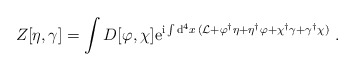
\begin{align*} Z [ \eta,\gamma] = \int D [\varphi, \chi ] {\rm e}^{{\rm i} \int {\rm d}^4x\,({\cal L}+\varphi^{\dagger} \eta + \eta^{\dagger} \varphi + \chi ^{\dagger} \gamma + \gamma^{\dagger} \chi ) }\ .\end{align*}